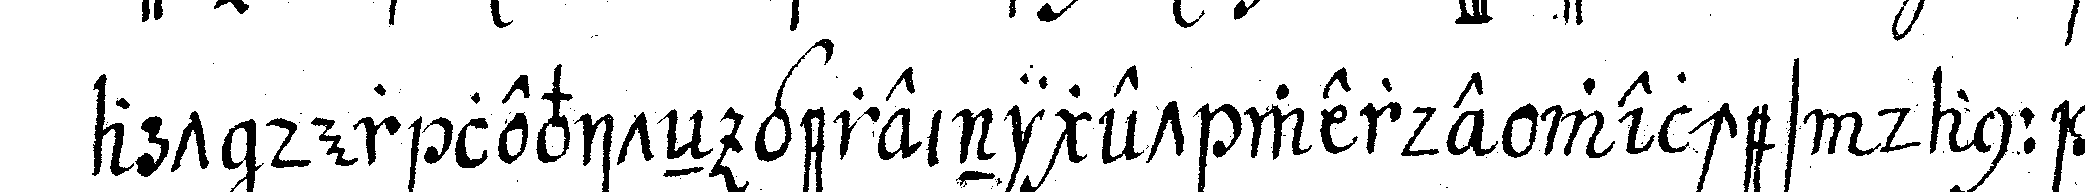
art der leviteN gereiniget werde welches dann